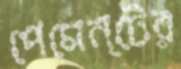
পেমেন্টের